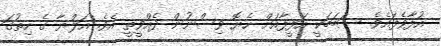
އުފާވެފައެވެ. ސަބަބަކީ އަފީފާއަށް ހެޔޮ ވިސްނުން ދެއްވީތީ އެވެ. އަލްޔާ ގެ ހިތުގަ